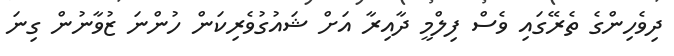
ދިވެހިންގެ ތެރޭގައި ވެސް ފިލްމީ ދާއިރާ އަށް ޝައުގުވެރިކަން ހުންނަ ޒުވާނުން ގިނަ